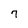
Character: 7